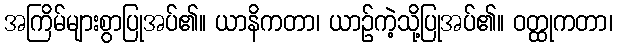
အကြိမ်များစွာပြုအပ်၏။ ယာနိကတာ၊ ယာဉ်ကဲ့သို့ပြုအပ်၏။ ဝတ္ထုကတာ၊